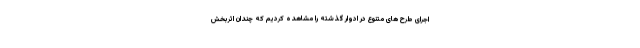
اجرای طرح های متنوع در ادوار گذشته را مشاهده کردیم که چندان اثربخش